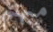
مبهم